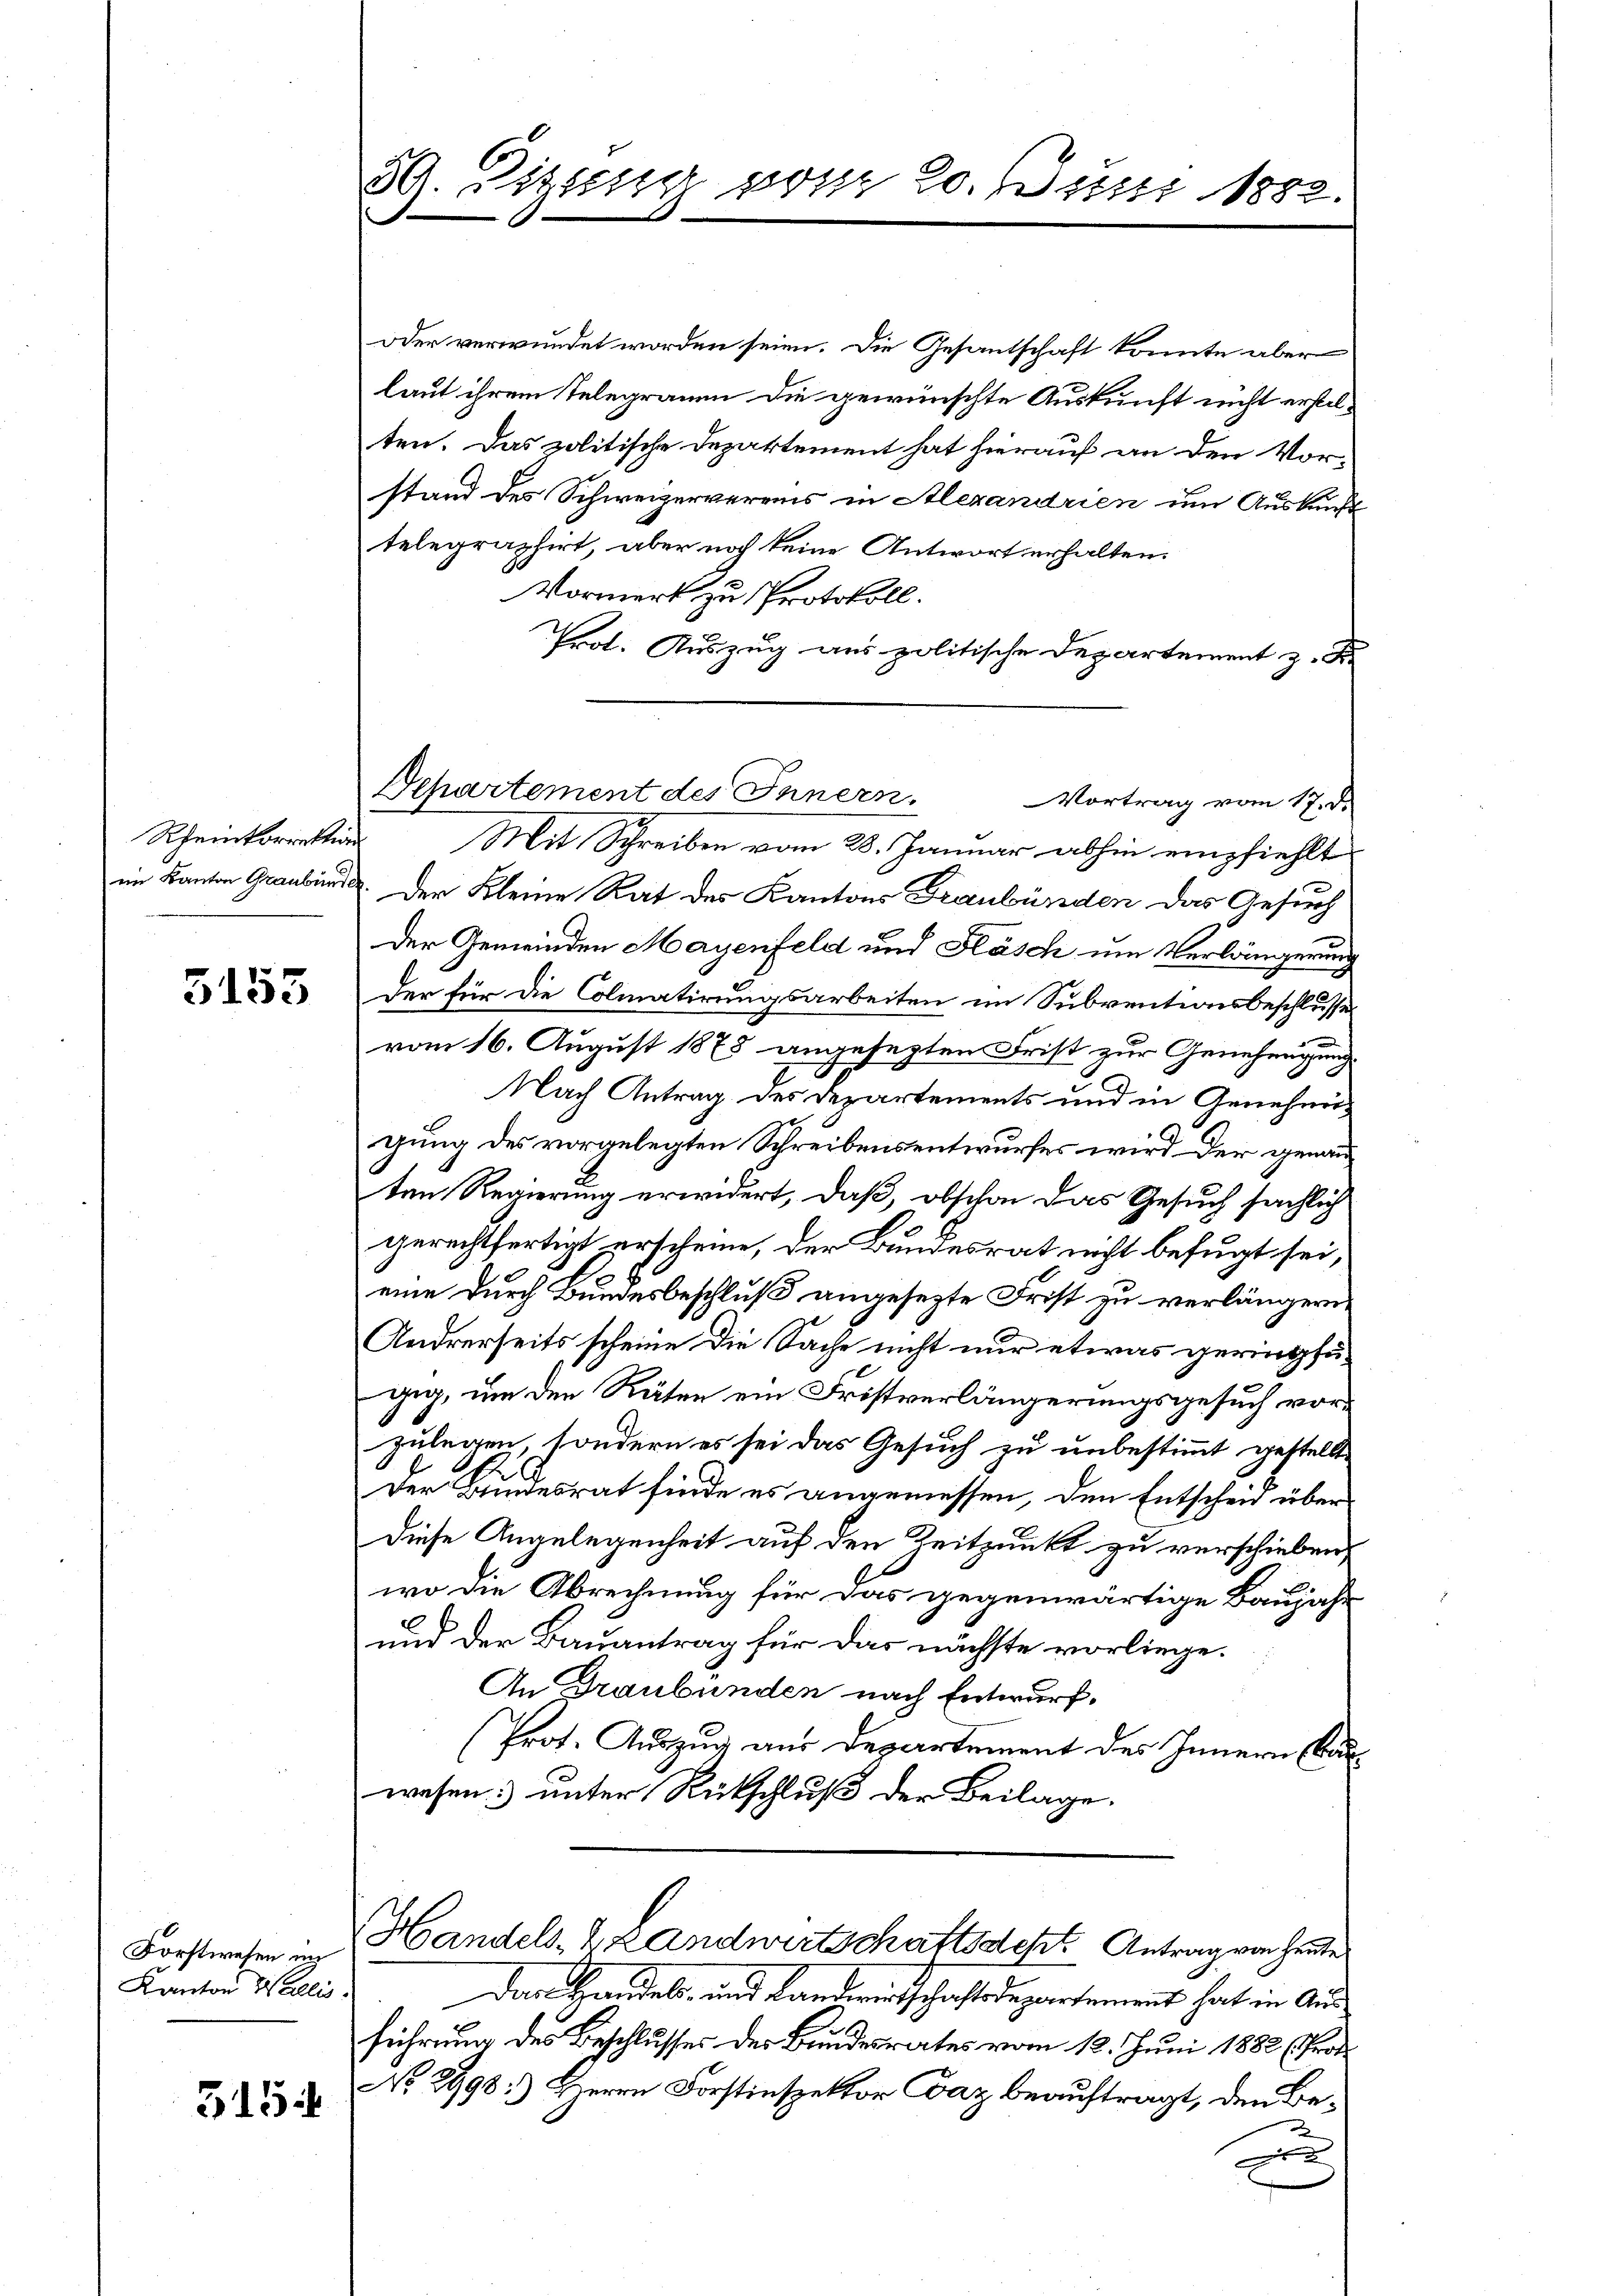
5153

Forstwesen im
Kanton Wallis.

3154

59. Zizen vom 20. Juni 1882.
f
n

oder verwundet worden seien. Die Gesantschaft konnte aber
laut ihrem Telegramm die gewünschte Auskunft nicht erstelten. Das politische Departement hat hierauf an den Vor-
stand des Schweizervereins in Alexandrien um Auskunft
telegraphirt, aber noch keine Antwort erhalten.
Vormerk zu Protokoll.
Prot. Auszug aus politische Departement z. Sie
Rheinkorrestian Mit Schreiben vom 28. Januar abhin empfiehlt
im Kanton Graubünde. Der Kleine Rat des Kantons Graubünden das Gesuch
Der Gemeinden Mayenfeld und Fläsch um Verlängerung
der für die Colmatirungsarbeiten im Subventionsbeschlusse
3
vom 16. August 1878 angesezten Frist zur Genehmigung
Nach Antrag des Departements und in Genehmigung des vorgelegten Schreibensentwurfes wird der genau
ten Regierung erwidert, daß, obschon das Gesuch sächlich
gerechtfertigt erscheine, der Bundesrat nicht befugt sei,
eine durch Bundesbeschluß angesezte Frist zu verlängern
Andrerseits scheine die Sache nicht nur etwas geringfügig, um den Räten ein Fristverlängerungsgesuch vorzulegen, sondern es sei das Gesuch zu unbestimmt gestellt
Der Bundesrat finde es angemessen, den Entscheid über
Diese Angelegenheit auf den Zeitpunkt zu verschieben,
wo die Abrechnung für das gegenwärtige Baujahr
und der Bauantrag für das nächste vorliege.
An Draubünden nach Entwurf.
Prot. Auszug aus Departement des Innern kan
wesen unter Rückschluß der Beilage.
Handels- & Landwirtschaftsdest Antrag von heute
Den Handels- und Landwirtschaftsdepartement hat in Ausführung des Beschlusses der Bundesrates vom 12. Juni 1882 (Pro¬
No. 2998.) Herrn Forstinspektor Daz beauftragt, den Bex

Departement des Innern.
Vortrag vom 17. d.